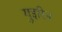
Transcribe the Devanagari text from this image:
गुइरिन